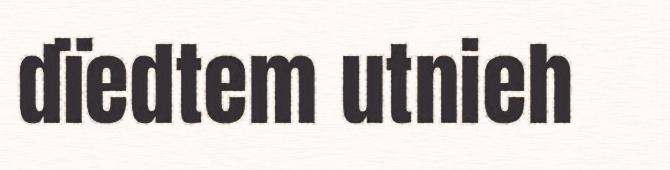
dïedtem utnieh